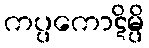
ကပ္ပကောဋိမ္ပိ